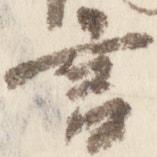
言